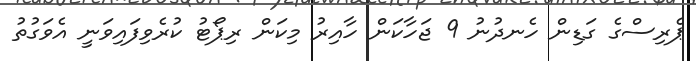
ޕެރިސްގެ ގަޑިން ހެނދުނު 9 ޖަހާކަން ހާއިރު މިކަން ރިޕޯޓު ކުރެވިފައިވަނީ އެވަގުތު